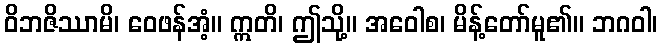
ဝိဘဇိဿာမိ၊ ဝေဖန်အံ့။ ဣတိ၊ ဤသို့။ အဝေါစ၊ မိန့်တော်မူ၏။ ဘဂဝါ၊